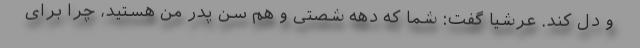
و دل کند. عرشیا گفت: شما که دهه شصتی و هم سن پدر من هستید، چرا برای